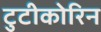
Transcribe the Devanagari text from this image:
टुटीकोरिन